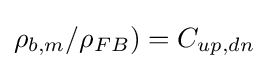
\rho _{b,m}/\rho _{FB})=C_{up,dn}